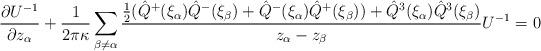
LaTeX: \begin{align*}\frac{\partial U^{-1}}{\partial z_\alpha}+ {1\over 2\pi\kappa}\sum_{\beta\neq \alpha}\frac{\frac{1}{2}(\hat Q^+(\xi_\alpha) \hat Q^-(\xi_\beta)+\hat Q^-(\xi_\alpha)\hat Q^+(\xi_\beta))+\hat Q^3(\xi_\alpha)\hat Q^3(\xi_\beta)}{z_\alpha-z_\beta}U^{-1}=0\end{align*}